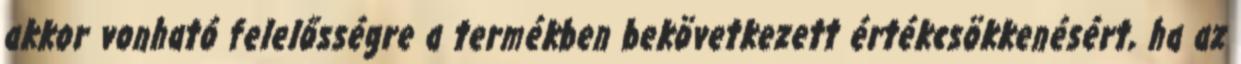
akkor vonható felelősségre a termékben bekövetkezett értékcsökkenésért, ha az